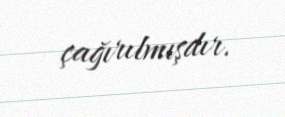
çağırılmışdır.